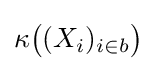
\kappa {\big (}(X_{i})_{i\in b}{\big )}